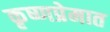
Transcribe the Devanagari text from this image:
कृष्णप्रेमात